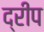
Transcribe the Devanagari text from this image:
द्रीप